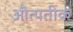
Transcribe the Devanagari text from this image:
औत्पतीक